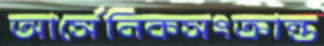
আর্সেনিকসংক্রান্ত